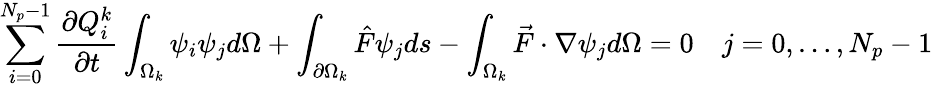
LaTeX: \sum_{i=0}^{N_{p}-1}\frac{\partial Q_{i}^{k}}{\partial t}\int_{\Omega_{k}}\psi_{i}\psi_{j}d\Omega+\int_{\partial\Omega_{k}}\hat{F}\psi_{j}ds-\int_{\Omega_{k}}\vec{F}\cdot\nabla\psi_{j}d\Omega=0\quad j=0,\ldots,N_{p}-1